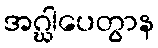
အဂ္ဃါပေတွာန